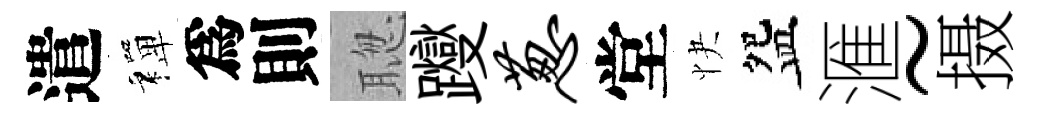
遣禪爲則聦躞葱堂快盌滙~摄